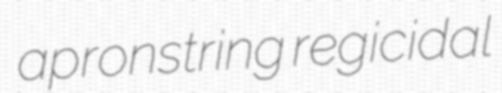
apronstring regicidal